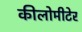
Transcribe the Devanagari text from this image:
कीलोमीटेर